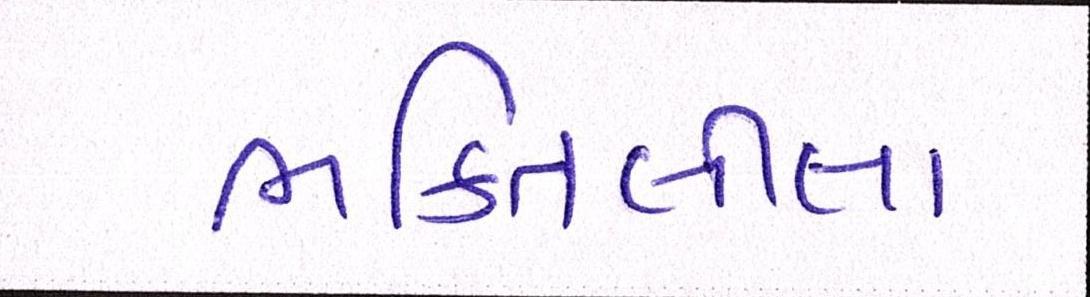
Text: ભક્તિલીલા